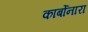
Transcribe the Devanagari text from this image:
कार्बोनारा